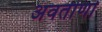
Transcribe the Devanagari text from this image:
अवतीर्णा